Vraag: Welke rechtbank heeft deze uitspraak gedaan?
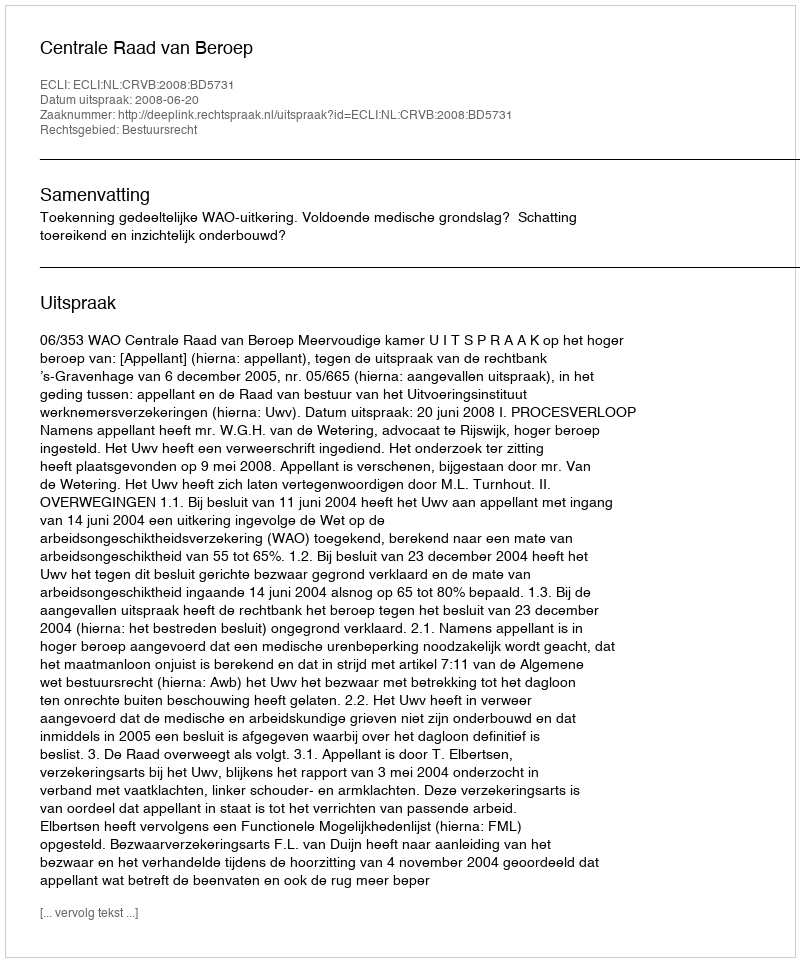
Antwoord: Centrale Raad van Beroep